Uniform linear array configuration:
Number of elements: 64
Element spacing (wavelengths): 1
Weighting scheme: exponential
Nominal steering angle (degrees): -45
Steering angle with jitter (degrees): -44.59
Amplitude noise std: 0.05
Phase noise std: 0.05

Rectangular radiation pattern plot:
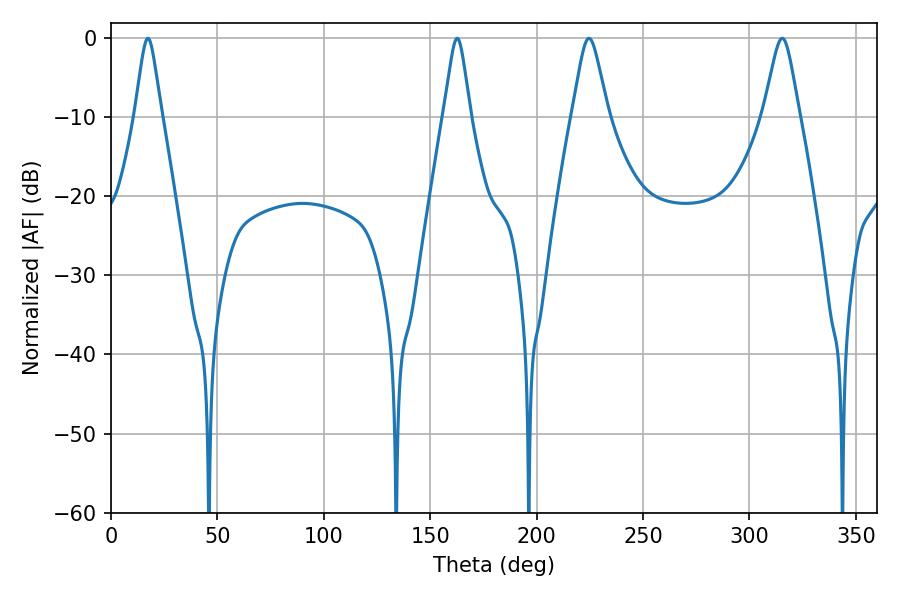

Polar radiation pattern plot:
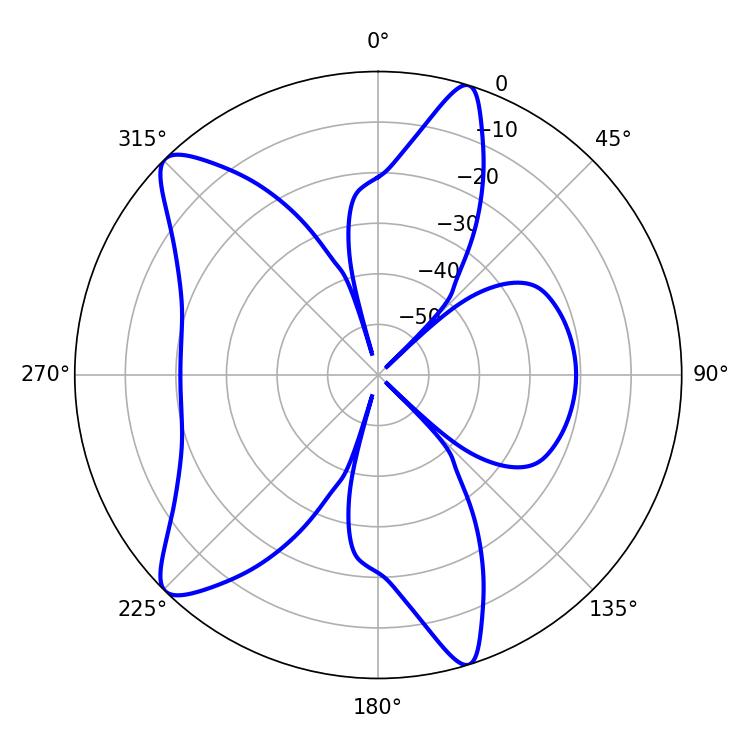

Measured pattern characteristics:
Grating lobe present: TRUE
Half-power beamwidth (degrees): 8.1
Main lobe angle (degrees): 224.64